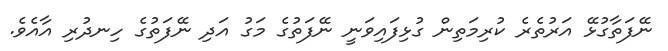
ނޭފަތާގުޅޭ އަރުތެރެ ކުރިމަތިން ގުޅިފައިވަނީ ނޭފަތުގެ މަގު އަދި ނޭފަތުގެ ހިނދުރި އާއެވެ.